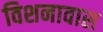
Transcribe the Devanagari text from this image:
विशनावास